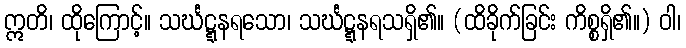
ဣတိ၊ ထိုကြောင့်။ သင်္ဃဋ္ဋနရသော၊ သင်္ဃဋ္ဋနရသရှိ၏။ (ထိခိုက်ခြင်း ကိစ္စရှိ၏။) ဝါ၊